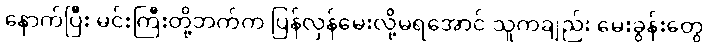
နောက်ပြီး မင်းကြီးတို့ဘက်က ပြန်လှန်မေးလို့မရအောင် သူကချည်း မေးခွန်းတွေ